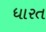
ધારત